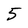
Character: 5